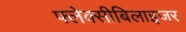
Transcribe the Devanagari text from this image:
फ्लेक्सीबिलाइजर